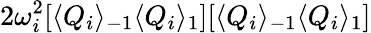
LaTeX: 2\omega_{i}^{2}[\langle Q_{i}\rangle_{-1}\langle Q_{i}\rangle_{1}][\langle Q_{i}\rangle_{-1}\langle Q_{i}\rangle_{1}]